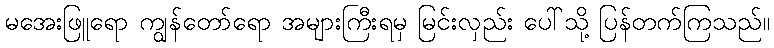
မအေးဖြူရော ကျွန်တော်ရော အများကြီးရမှ မြင်းလှည်း ပေါ်သို့ ပြန်တက်ကြသည်။